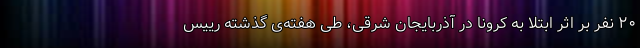
۲۰ نفر بر اثر ابتلا به کرونا در آذربایجان شرقی، طی هفته‌ی گذشته رییس